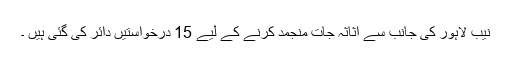
نیب لاہور کی جانب سے اثاثہ جات منجمد کرنے کے لیے 15 درخواستیں دائر کی گئی ہیں ۔